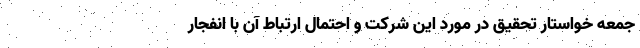
جمعه خواستار تحقیق در مورد این شرکت و احتمال ارتباط آن با انفجار